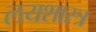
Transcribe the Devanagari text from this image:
लयशास्त्र